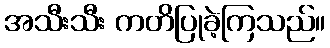
အသီးသီး ကတိပြုခဲ့ကြသည်။